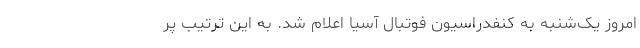
امروز یک‌شنبه به کنفدراسیون فوتبال آسیا اعلام شد. به این ترتیب پر